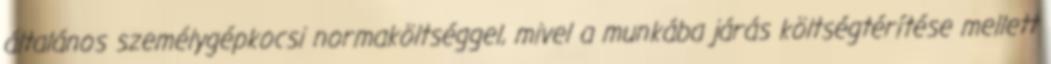
általános személygépkocsi normaköltséggel, mivel a munkába járás költségtérítése mellett